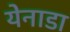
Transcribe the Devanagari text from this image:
येनाडा